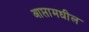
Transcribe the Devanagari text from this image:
आप्तामधील